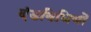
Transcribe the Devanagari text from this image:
दंडविधियों